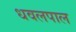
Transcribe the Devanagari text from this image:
धवलपाल